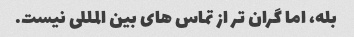
بله، اما گران تر از تماس های بین المللی نیست.